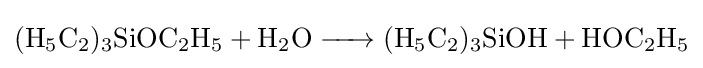
{\ce {(H5C2)3SiOC2H5 + H2O -> (H5C2)3SiOH + HOC2H5}}